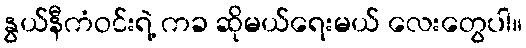
နွယ်နီကံဝင်းရဲ့ ကခ ဆိုမယ်ရေးမယ် လေးတွေပါ။